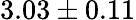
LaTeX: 3.03\pm 0.11